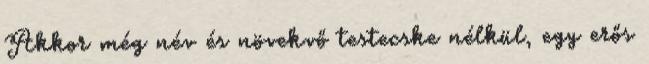
Akkor még név és növekvő testecske nélkül, egy erős